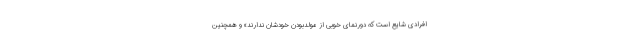
افرادی شایع است که دورنمای خوبی از مولّدبودن خودشان ندارند» و همچنین